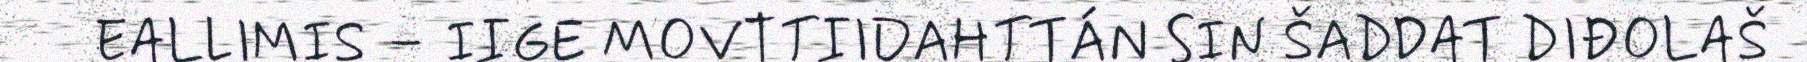
EALLIMIS – IIGE MOVTTIIDAHTTÁN SIN ŠADDAT DIĐOLAŠ